Report of the Indian Hemp Drugs Commission, 1894-1895 - Volume VII
Year: 1894
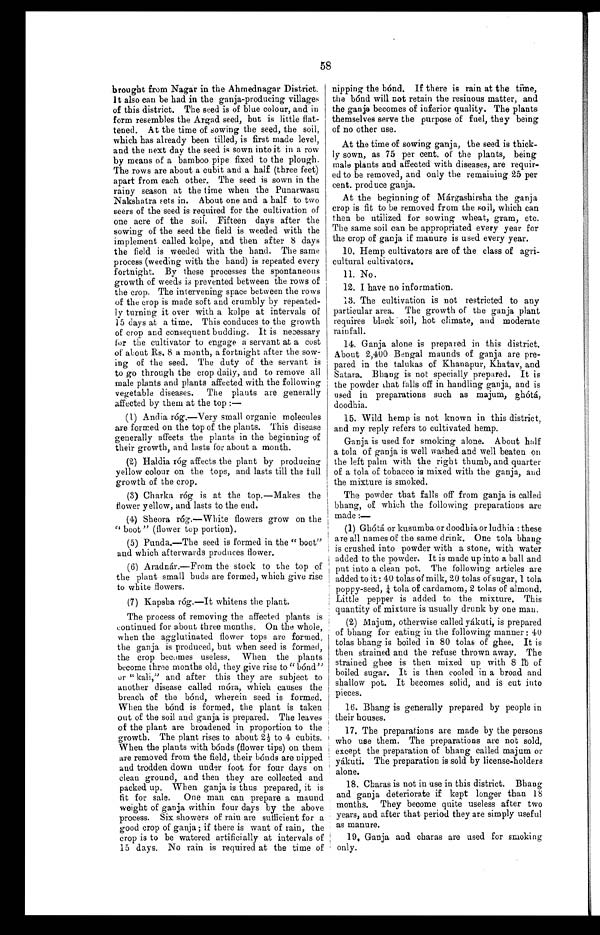
58
brought from Nagar in the Ahmednagar District.
It also can be had in the ganja-producing villages
of this district. The seed is of blue colour, and in
form resembles the Argad seed, but is little flat--
tened. At the time of sowing the seed, the soil,
which has already been tilled, is first made level,
and the next day the seed is sown into it in a row
by means of a bamboo pipe fixed to the plough.
The rows are about a cubit and a half (three feet)
apart from each other. The seed is sown in the
rainy season at the time when the Punarwasu
Nakshatra sets in. About one and a half to two
seers of the seed is required for the cultivation of
one acre of the soil. Fifteen days after the
sowing of the seed the field is weeded with the
implement called kolpe, and then after 8 days
the field is weeded with the hand. The same
process (weeding with the hand) is repeated every
fortnight. By these processes the spontaneous
growth of weeds is prevented between the rows of
the crop. The intervening space between the rows
of the crop is made soft and crumbly by repeated--
ly turning it over with a kolpe at intervals of
15 days at a time. This conduces to the growth
of crop and consequent budding. It is necessary
for the cultivator to engage a servant at a cost
of about Rs. 8 a month, a fortnight after the sow--
ing of the seed. The duty of the servant is
to go through the crop daily, and to remove all
male plants and plants affected with the following
vegetable diseases. The plants are generally
affected by them at the top
: —
( 1 ) A n d i a r ó g . — V e r y s m a l l o r g a n i c m o l e c u l e s
are formed on the top of the plants. This disease
generally affects the plants in the beginning of
their growth, and lasts for about a month.
( 2 ) H a l d i a r ó g a f f e c t s t h e p l a n t b y p r o d u c i n g
yellow colour on the tops, and lasts till the full
growth of the crop.
(3) Charka róg is at the top.—Makes the
flower yellow, and lasts to the end.
(4) Sheora róg.—White flowers grow on the
" boot " (flower top portion).
(5) Punda.—The seed is formed in the "boot"
and which afterwards produces flower.
(6) Aradnár.— From the stock to the top of
the plant small buds are formed, which give rise
to white flowers.
(7) Kapsha róg.— It whitens the plant.
The process of removing the affected plants is
continued for about three months. On the whole,
when the agglutinated flower tops are formed,
the ganja is produced, but when seed is formed,
the crop becomes useless. When the plants
become three months old, they give rise to "bónd"
or " kali," and after this they are subject to
another disease called móra, which causes the
breach of the bónd, wherein seed is formed.
When the bónd is formed, the plant is taken
out of the soil and ganja is prepared. The leaves
of the plant are broadened in proportion to the
growth. The plant rises to about 2½ to 4 cubits.
When the plants with bónds (flower tips) on them
are removed from the field, their bónds are nipped
and trodden down under foot for four days on
clean ground, and then they are collected and
packed up. When ganja is thus prepared, it is
fit for sale. One man can prepare a maund
weight of ganja within four days by the above
process. Six showers of rain are sufficient for a
good crop of ganja ; if there is want of rain, the
crop is to be watered artificially at intervals of
15 days. No rain is required at the time of
nipping the bónd. If there is rain at the time,
the bónd will not retain the resinous matter, and
the ganja becomes of inferior quality. The plants
themselves serve the purpose of fuel, they being
of no other use.
At the time of sowing ganja, the seed is thick--
ly sown, as 75 per cent. of the plants, being
male plants and affected with diseases, are requir--
ed to be removed, and only the remaining 25 per
cent. produce ganja.
At the beginning of Márgashirsha the ganja
crop is fit to be removed from the soil, which can
then be utilized for sowing wheat, gram, etc.
The same soil can be appropriated every year for
the crop of ganja if manure is used every year.
10. Hemp cultivators are of the class of agri--
cultural cultivators.
11. No.
12. I have no information.
13. The cultivation is not restricted to any
particular area. The growth of the ganja plant
requires black soil, hot climate, and moderate
rainfall.
14. Ganja alone is prepared in this district.
About 2,400 Bengal maunds of ganja are pre--
pared in the talukas of Khanapur, Khatav, and
Satara. Bhang is not specially prepared. It is
the powder that falls off in handling ganja, and is
used in preparations such as majum, ghótá,
doodhia.
15. Wild hemp is not known in this district,
and my reply refers to cultivated hemp.
Ganja is used for smoking alone. About half
a tola of ganja is well washed and well beaten on
the left palm with the right thumb, and quarter
of a tola of tobacco is mixed with the ganja, and
the mixture is smoked.
The powder that falls off from ganja is called
bhang, of which the following preparations are
made :—
(1) Ghótá or kusumba or doodhia or ludhia : these
are all names of the same drink. One tola. bhang
is crushed into powder with a stone, with water
added to the powder. It is made up into a ball and
put into a clean pot. The following articles are
added to it : 40 tolas of milk, 20 tolas of sugar, 1 tola
poppy-seed, ¼ tola of cardamom, 2 tolas of almond.
Little pepper is added to the mixture. This
quantity of mixture is usually drunk by one man.
(2) Majum, otherwise called yákuti, is prepared
of bhang for eating in the following manner : 40
tolas bhang is boiled in 80 tolas of ghee. It is
then strained and the refuse thrown away. The
strained ghee is then mixed up with 8 lb of
boiled sugar. It is then cooled in a broad and
shallow pot. It becomes solid, and is cut into
pieces.
16. Bhang is generally prepared by people in
their houses.
17. The preparations are made by the persons
who use them. The preparations are not sold,
except the preparation of bhang called majum or
yákuti. The preparation is sold by license-holders
alone.
18. Charas is not in use in this district. Bhang
and ganja deteriorate if kept longer than 18
months. They become quite useless after two
years, and after that period they are simply useful
as manure.
19. Ganja and charas are used for smoking
only.